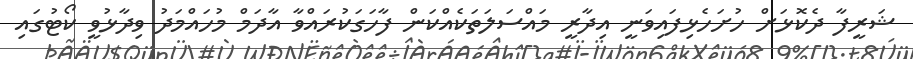
ޝަރީފާ ދެކޮޅަށް ހުށަހެޅިފައިވަނީ އިދާރީ މައްސަލަތަކެއްކަން ފާހަގަކުރައްވާ އާދަމް މުހައްމަދު ވިދާޅުވީ ކޯޓުގައި